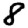
Digit: 8